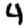
Digit: 4